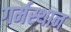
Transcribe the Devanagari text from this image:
गर्मस्थान